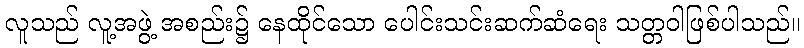
လူသည် လူ့အဖွဲ့ အစည်း၌ နေထိုင်သော ပေါင်းသင်းဆက်ဆံရေး သတ္တဝါဖြစ်ပါသည်။